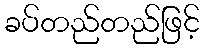
ခပ်တည်တည်ဖြင့်